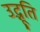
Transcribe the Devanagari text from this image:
उद्भूति